Vaccination North-Western Provinces 1866-1877 - 1866-1877
Year: 1866
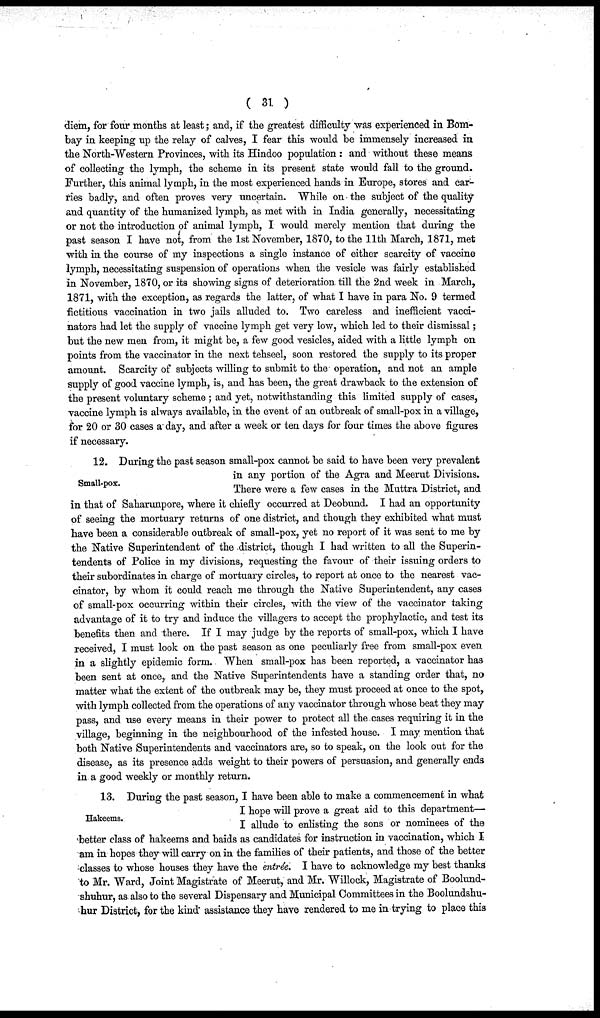
( 31 )
diem, for four months at least; and, if the greatest difficulty was experienced in Bom-
bay in keeping up the relay of calves, I fear this would be immensely increased in
the North-Western Provinces, with its Hindoo population : and without these means
of collecting the lymph, the scheme in its present state would fall to the ground.
Further, this animal lymph, in the most experienced hands in Europe, stores and car-
ries badly, and often proves very uncertain. While on the subject of the quality
and quantity of the humanized lymph, as met with in India generally, necessitating
or not the introduction of animal lymph, I would merely mention that during the
past season I have not, from the 1st November, 1870, to the 11th March, 1871, met
with in the course of my inspections a single instance of either scarcity of vaccine
lymph, necessitating suspension of operations when the vesicle was fairly established
in November, 1870, or its showing signs of deterioration till the 2nd week in March,
1871, with the exception, as regards the latter, of what I have in para No. 9 termed
fictitious vaccination in two jails alluded to. Two careless and inefficient vacci-
nators had let the supply of vaccine lymph get very low, which led to their dismissal;
but the new men from, it might be, a few good vesicles, aided with a little lymph on
points from the vaccinator in the next tehseel, soon restored the supply to its proper
amount. Scarcity of subjects willing to submit to the operation, and not an ample
supply of good vaccine lymph, is, and has been, the great drawback to the extension of
the present voluntary scheme ; and yet, notwithstanding this limited supply of cases,
vaccine lymph is always available, in the event of an outbreak of small-pox in a village,
for 20 or 30 cases a day, and after a week or ten days for four times the above figures
if necessary.
Small-pox.
12. During the past season small-pox cannot be said to have been very prevalent
in any portion of the Agra and Meerut Divisions.
There were a few cases in the Muttra District, and
in that of Saharunpore, where it chiefly occurred at Deobund. I had an opportunity
of seeing the mortuary returns of one district, and though they exhibited what must
have been a considerable outbreak of small-pox, yet no report of it was sent to me by
the Native Superintendent of the district, though I had written to all the Superin-
tendents of Police in my divisions, requesting the favour of their issuing orders to
their subordinates in charge of mortuary circles, to report at once to the nearest vac-
cinator, by whom it could reach me through the Native Superintendent, any cases
of small-pox occurring within their circles, with the view of the vaccinator taking
advantage of it to try and induce the villagers to accept the prophylactic, and test its
benefits then and there. If I may judge by the reports of small-pox, which I have
received, I must look on the past season as one peculiarly free from small-pox even
in a slightly epidemic form. When small-pox has been reported, a vaccinator has
been sent at once, and the Native Superintendents have a standing order that, no
matter what the extent of the outbreak may be, they must proceed at once to the spot,
with lymph collected from the operations of any vaccinator through whose beat they may
pass, and use every means in their power to protect all the cases requiring it in the
village, beginning in the neighbourhood of the infested house. I may mention that
both Native Superintendents and vaccinators are, so to speak, on the look out for the
disease, as its presence adds weight to their powers of persuasion, and generally ends
in a good weekly or monthly return.
Hakeems.
13. During the past season, I have been able to make a commencement in what
I hope will prove a great aid to this department—
I allude to enlisting the sons or nominees of the
better class of hakeems and baids as candidates for instruction in vaccination, which I
am in hopes they will carry on in the families of their patients, and those of the better
classes to whose houses they have the entrée. I have to acknowledge my best thanks
to Mr. Ward, Joint Magistrate of Meerut, and Mr. Willock, Magistrate of Boolund¬
shuhur, as also to the several Dispensary and Municipal Committees in the Boolundshu¬
hur District, for the kind assistance they have rendered to me in trying to place this